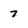
Character: 7